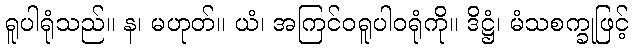
ရူပါရုံသည်။ န၊ မဟုတ်။ ယံ၊ အကြင်ဝရူပါဝရုံကို။ ဒိဋ္ဌံ၊ မံသစက္ခုဖြင့်